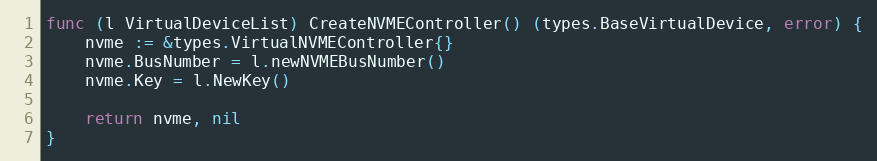
Language: Go
func (l VirtualDeviceList) CreateNVMEController() (types.BaseVirtualDevice, error) {
	nvme := &types.VirtualNVMEController{}
	nvme.BusNumber = l.newNVMEBusNumber()
	nvme.Key = l.NewKey()

	return nvme, nil
}